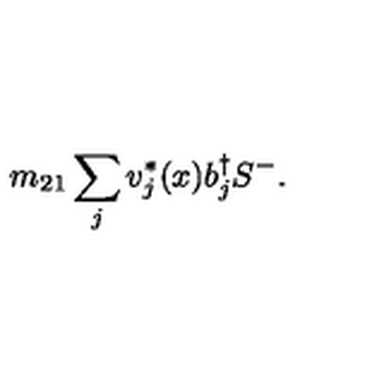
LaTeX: m _ { 2 1 } \sum _ { j } v _ { j } ^ { * } ( x ) b _ { j } ^ { \dag } S ^ { - } .